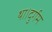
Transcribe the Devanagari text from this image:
था।दुर्गम